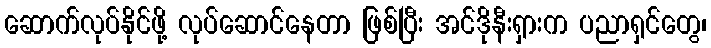
ဆောက်လုပ်နိုင်ဖို့ လုပ်ဆောင်နေတာ ဖြစ်ပြီး အင်ဒိုနီးရှားက ပညာရှင်တွေ၊